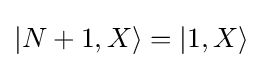
|N+1,X\rangle =|1,X\rangle